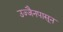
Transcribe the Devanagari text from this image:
उज्जैनपासून